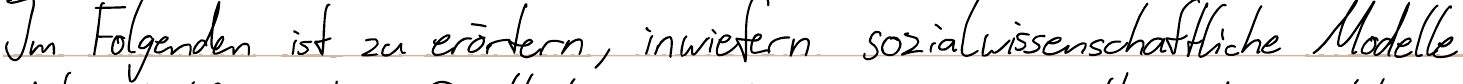
Im Folgenden ist zu erörtern, inwiefern sozialwissenschaftliche Modelle